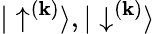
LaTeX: {|\uparrow^{(\mathbf{k})}\rangle},{|\downarrow^{(\mathbf{k})}\rangle}